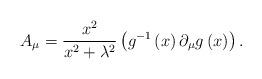
LaTeX: \begin{align*}A_{\mu }=\frac{x^{2}}{x^{2}+\lambda ^{2}}\left( g^{-1}\left( x\right)\partial _{\mu }g\left( x\right) \right) .\end{align*}